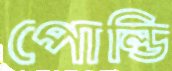
পোল্ডি